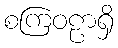
စကြဝဠာရှိ